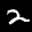
Label: 2